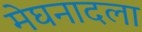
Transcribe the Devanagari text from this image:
मेघनादला